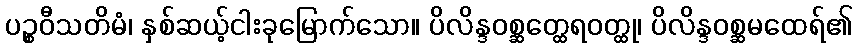
ပဉ္စဝီသတိမံ၊ နှစ်ဆယ့်ငါးခုမြောက်သော။ ပိလိန္ဒဝစ္ဆတ္ထေရဝတ္ထု၊ ပိလိန္ဒဝစ္ဆမထေရ်၏